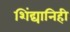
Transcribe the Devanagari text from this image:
शिंद्यानिही